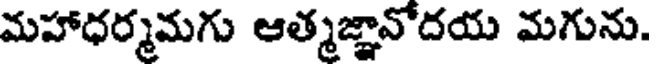
మహాధర్మమగు ఆత్మజ్ఞావోదయ మగును.